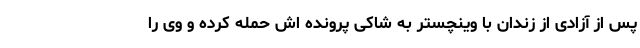
پس از آزادی از زندان با وینچستر به شاکی پرونده اش حمله کرده و وی را